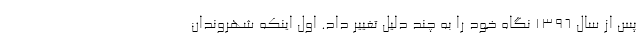
پس از سال ۱۳۹۶ نگاه خود را به چند دلیل تغییر داد. اول اینکه شهروندان